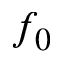
f _ { 0 }